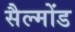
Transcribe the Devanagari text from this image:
सैल्मोंड